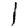
Digit: 1